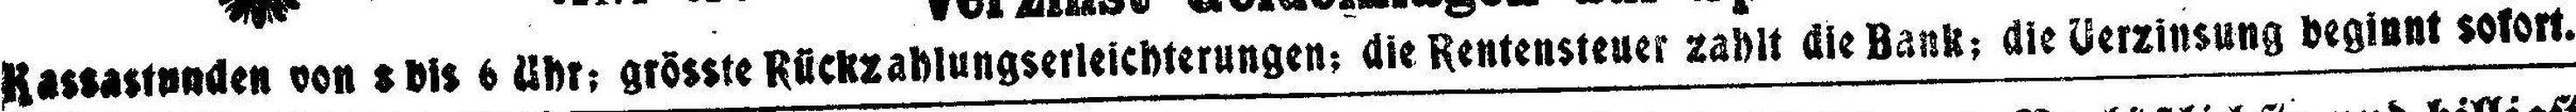
Kassastunden von 3 bis 6 Uhr: grösste Rückzahlungserleichterungen: die Rentensteuer zahlt die Bank; die Verzinsung beginnt sofort.